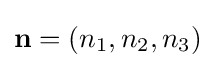
\mathbf {n} =(n_{1},n_{2},n_{3})